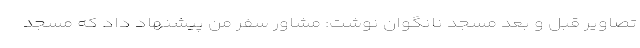
تصاویر قبل و بعد مسجد نانگوان نوشت: مشاور سفر من پیشنهاد داد که مسجد